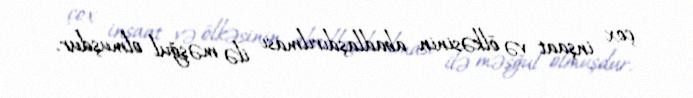
çox inşaat və ölkəsinin abadlaşdırılması ilə məşğul olmuşdur.